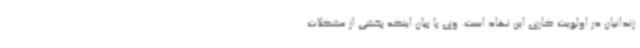
زندانیان در اولویت کاری این نهاد است. وی با بیان اینکه بخشی از مشکلات